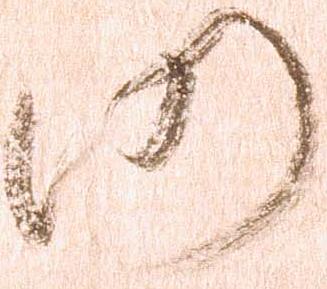
仍